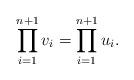
LaTeX: \begin{align*} \prod_{i=1}^{n+1} v_i = \prod_{i=1}^{n+1} u_i . \end{align*}